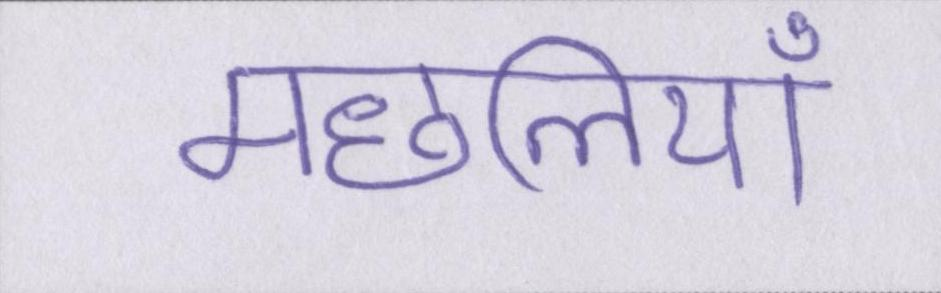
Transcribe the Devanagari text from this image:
मछलियाँ